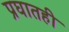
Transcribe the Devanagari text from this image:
प्रघातही